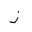
Letter: _thal